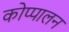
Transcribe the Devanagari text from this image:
कोप्पालन